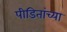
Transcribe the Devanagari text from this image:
पीडितांच्या